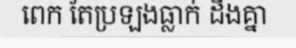
ពេក តែប្រឡងធ្លាក់ ដឹងគ្នា